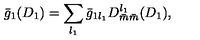
\bar { g } _ { 1 } ( D _ { 1 } ) = \sum _ { l _ { 1 } } \bar { g } _ { 1 l _ { 1 } } D _ { \bar { m } \bar { m } } ^ { l _ { 1 } } ( D _ { 1 } ) ,